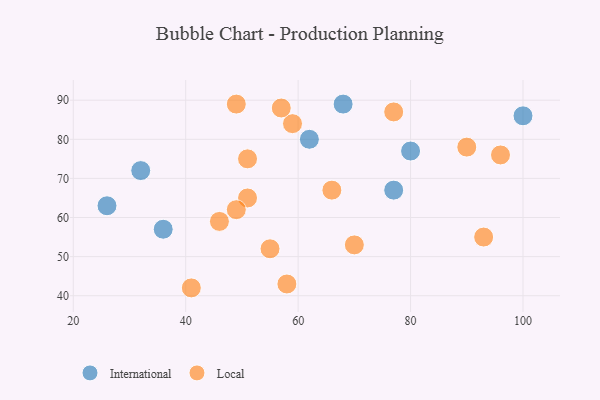
{"axis": {"x": "GDP", "y": "Life Expectancy"}, "legend": ["International", "Local"], "data": [{"x": "100", "y": 86, "type": "International"}, {"x": "68", "y": 89, "type": "International"}, {"x": "32", "y": 72, "type": "International"}, {"x": "80", "y": 77, "type": "International"}, {"x": "36", "y": 57, "type": "International"}, {"x": "62", "y": 80, "type": "International"}, {"x": "77", "y": 67, "type": "International"}, {"x": "26", "y": 63, "type": "International"}, {"x": "77", "y": 87, "type": "Local"}, {"x": "55", "y": 52, "type": "Local"}, {"x": "41", "y": 42, "type": "Local"}, {"x": "51", "y": 65, "type": "Local"}, {"x": "51", "y": 75, "type": "Local"}, {"x": "70", "y": 53, "type": "Local"}, {"x": "66", "y": 67, "type": "Local"}, {"x": "93", "y": 55, "type": "Local"}, {"x": "96", "y": 76, "type": "Local"}, {"x": "46", "y": 59, "type": "Local"}, {"x": "59", "y": 84, "type": "Local"}, {"x": "49", "y": 62, "type": "Local"}, {"x": "49", "y": 89, "type": "Local"}, {"x": "58", "y": 43, "type": "Local"}, {"x": "90", "y": 78, "type": "Local"}, {"x": "57", "y": 88, "type": "Local"}]}